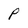
Character: p